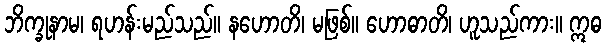
ဘိက္ခုနာမ၊ ရဟန်းမည်သည်။ နဟောတိ၊ မဖြစ်။ ဟောဓာတိ၊ ဟူသည်ကား။ ဣဓ